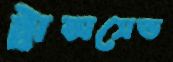
ট্রান্সসেন্ড